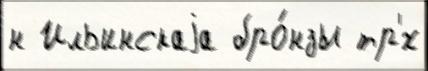
н Ильинскаjа бро́нзы тр'́х